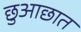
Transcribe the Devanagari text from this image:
छुआछात